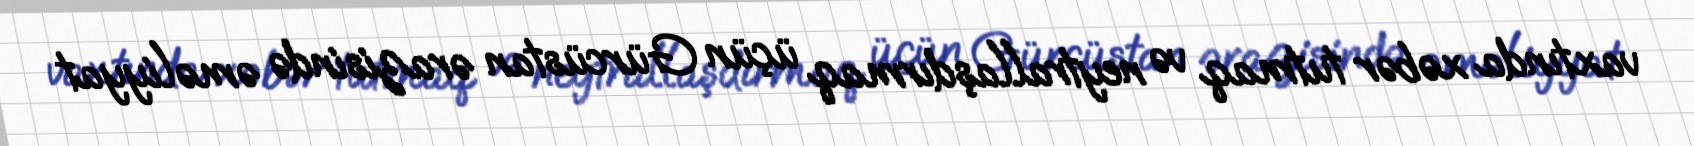
vaxtında xəbər tutmaq və neytrallaşdırmaq üçün Gürcüstan ərazisində əməliyyat